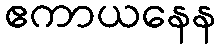
ဧကာယနေန